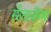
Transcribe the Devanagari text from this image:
सीताबोंगरा